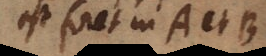
est foret in A et B.